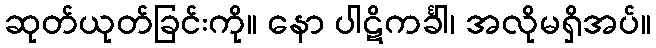
ဆုတ်ယုတ်ခြင်းကို။ နော ပါဋိကင်္ခါ၊ အလိုမရှိအပ်။